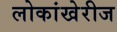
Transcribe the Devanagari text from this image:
लोकांखेरीज